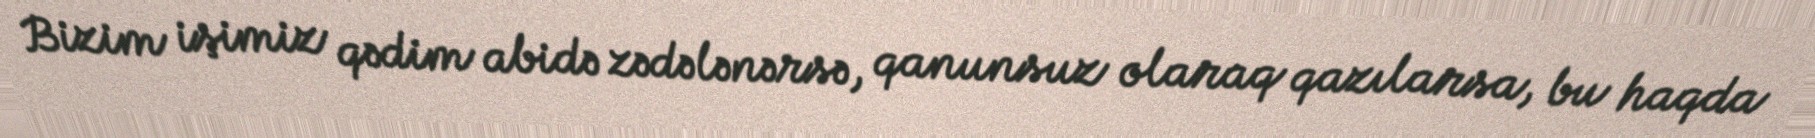
Bizim işimiz qədim abidə zədələnərsə, qanunsuz olaraq qazılarsa, bu haqda